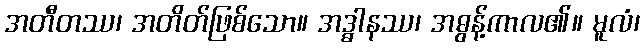
အတီတဿ၊ အတိတ်ဖြစ်သော။ အဒ္ဓါနဿ၊ အဓွန့်ကာလ၏။ မူလံ၊